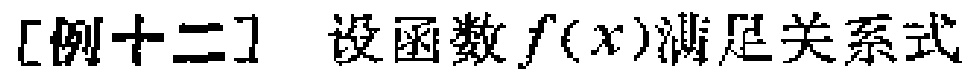
[例十二] 设函数\(f(x)\)满足关系式